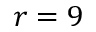
r = 9